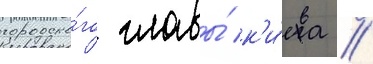
городско́го главы́ к'и́ева //